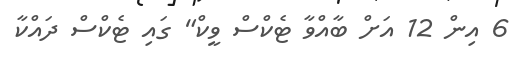
6 އިން 12 އަށް ބާއްވާ ޓެކްސް ވީކް" ގައި ޓެކްސް ދައްކާ